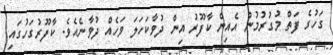
ގަހުގެ ފަތް މުގުރުމުން އެއިން ކާފޫރު އިން ދުވާކަހަލަ ވަހެއް ދުވާނެއެވެ. ކާފޫރުގަހުގައި